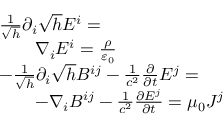
{ \begin{array} { r l } & { { \frac { 1 } { \sqrt { h } } } \partial _ { i } { \sqrt { h } } E ^ { i } = } \\ & { \qquad \nabla _ { i } E ^ { i } = { \frac { \rho } { \varepsilon _ { 0 } } } } \\ & { { - } { \frac { 1 } { \sqrt { h } } } \partial _ { i } { \sqrt { h } } B ^ { i j } - { \frac { 1 } { c ^ { 2 } } } { \frac { \partial } { \partial t } } E ^ { j } = } \\ & { \qquad { - } \nabla _ { i } B ^ { i j } - { \frac { 1 } { c ^ { 2 } } } { \frac { \partial E ^ { j } } { \partial t } } = \mu _ { 0 } J ^ { j } } \end{array} }